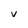
Character: v